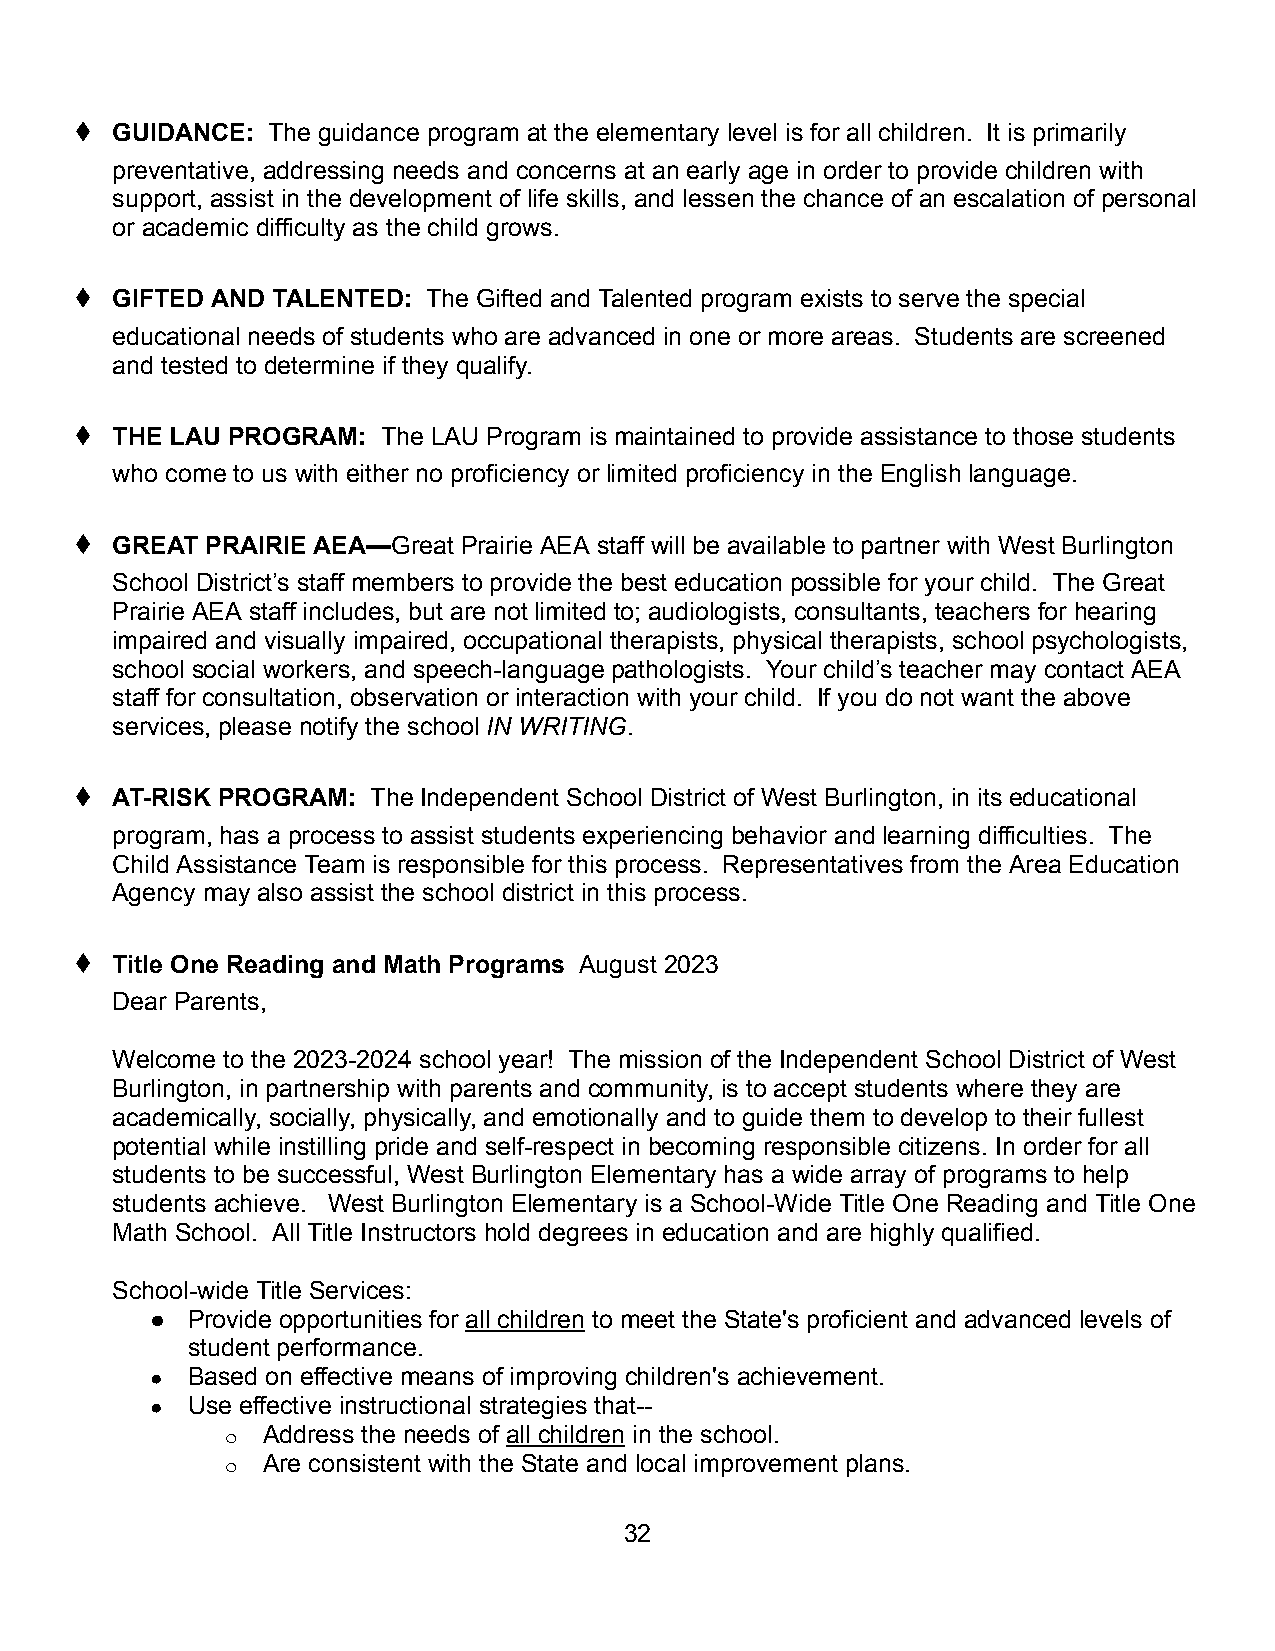
♦ GUIDANCE:  The guidance program at the elementary level is for all children. It is primarily
 preventative, addressing needs and concerns at an early age in order to provide children with
 support, assist in the development of life skills, and lessen the chance of an escalation of personal
 or academic difficulty as the child grows.
 ♦ GIFTED AND TALENTED: The Gifted and Talented program exists to serve the special
 educational needs of students who are advanced in one or more areas. Students are screened
 and tested to determine if they qualify.
 ♦ THE LAU PROGRAM:  The LAU Program is maintained to provide assistance to those students
 who come to us with either no proficiency or limited proficiency in the English language.
 ♦ GREAT  PRAIRIE AEA—Great Prairie AEA staff will be available to partner with West Burlington
 School District’s staff members to provide the best education possible for your child. The Great
 Prairie AEA staff includes, but are not limited to; audiologists, consultants, teachers for hearing
 impaired and visually impaired, occupational therapists, physical therapists, school psychologists,
 school social workers, and speech-language pathologists. Your child’s teacher may contact AEA
 staff for consultation, observation or interaction with your child. If you do not want the above
 services, please notify the school IN WRITING.
 ♦ AT-RISK PROGRAM:  The Independent School District of West Burlington, in its educational
 program, has a process to assist students experiencing behavior and learning difficulties. The
 Child Assistance Team is responsible for this process. Representatives from the Area Education
 Agency may also assist the school district in this process.
 ♦ Title One Reading and Math Programs August 2023
 Dear Parents,
 Welcome to the 2023-2024 school year! The mission of the Independent School District of West
 Burlington, in partnership with parents and community, is to accept students where they are
 academically, socially, physically, and emotionally and to guide them to develop to their fullest
 potential while instilling pride and self-respect in becoming responsible citizens. In order for all
 students to be successful, West Burlington Elementary has a wide array of programs to help
 students achieve. West Burlington Elementary is a School-Wide Title One Reading and Title One
 Math School. All Title Instructors hold degrees in education and are highly qualified.
 School-wide Title Services:
 ● Provide opportunities for all children to meet the State's proficient and advanced levels of
 student performance.
 ● Based on effective means of improving children's achievement.
 ● Use effective instructional strategies that--
 o Address the needs of all children in the school.
 o Are consistent with the State and local improvement plans.
 32